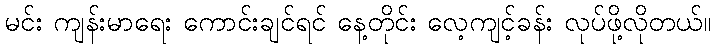
မင်း ကျန်းမာရေး ကောင်းချင်ရင် နေ့တိုင်း လေ့ကျင့်ခန်း လုပ်ဖို့လိုတယ်။